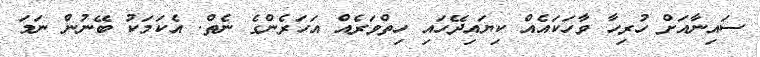
ސައިނާއަށް ހުރިހާ ވާހަކައެއް ކިޔައިދޭހައި ހިތްވަރެއް އަހަރެންގެ ނެތް. އެކަމަކު ބޭނުން ނަމަ